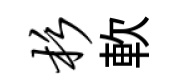
杉軟